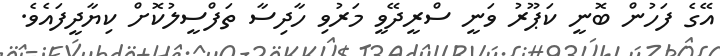
އޭގެ ފަހުން ބޮނީ ކަޕޫރު ވަނީ ސްރީދޭވީ މަރުވި ހާދިސާ ތަފްސީލުކޮށް ކިޔާދީފައެވެ.